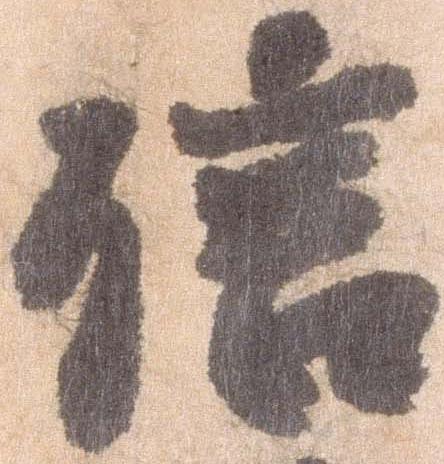
信